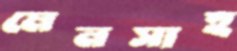
মেনসাহ